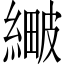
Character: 𦃯